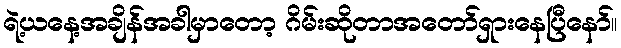
ရဲ့ယနေ့အချိန်အခါမှာတော့ ဂိမ်းဆိုတာအတော်ရှားနေပြီနော်။